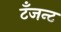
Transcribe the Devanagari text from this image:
टँजन्ट